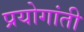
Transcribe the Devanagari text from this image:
प्रयोगांती